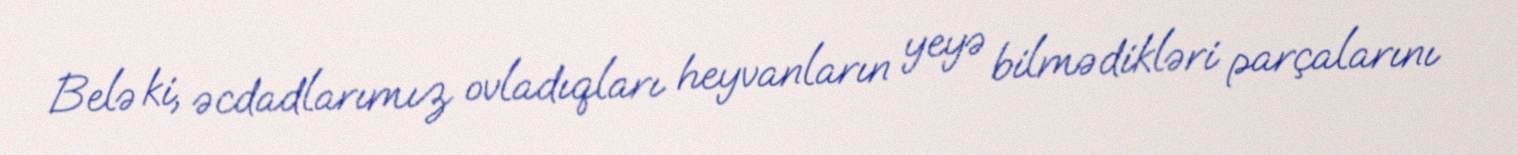
Belə ki, əcdadlarımız ovladıqları heyvanların yeyə bilmədikləri parçalarını